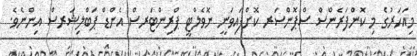
މިއަހަރުގެ މި ކޮންފަރެންސް ސްޕޮންސަރ ކޮށްފައިވަނީ ނޮވެލްޓީ ޕްރިންޓަރސް އެންޑް ޕަބްލިޝަރސް އިންނެވެ.